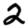
Digit: 2